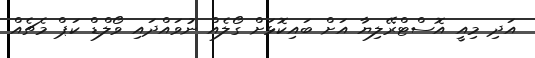
އަދި މިއީ އޮސްޓްރޭލިޔާ އަށް ބައިކޮޅަށް ގޯލެއް ނުވައްދައި ވޯލްޑް ކަޕް މެޗެއް